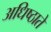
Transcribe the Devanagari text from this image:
अधिष्ठाते